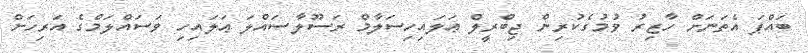
ބައްޕަ އެތަނަށް ހާޒިރު ވުމުގެކުރިން ޖިބްރީލް ޢަލައިހިސަލާމް ރަސޫލާޞައްލަ ޢަލައިހި ވަސައްލަމްގެ އަރިހަށް